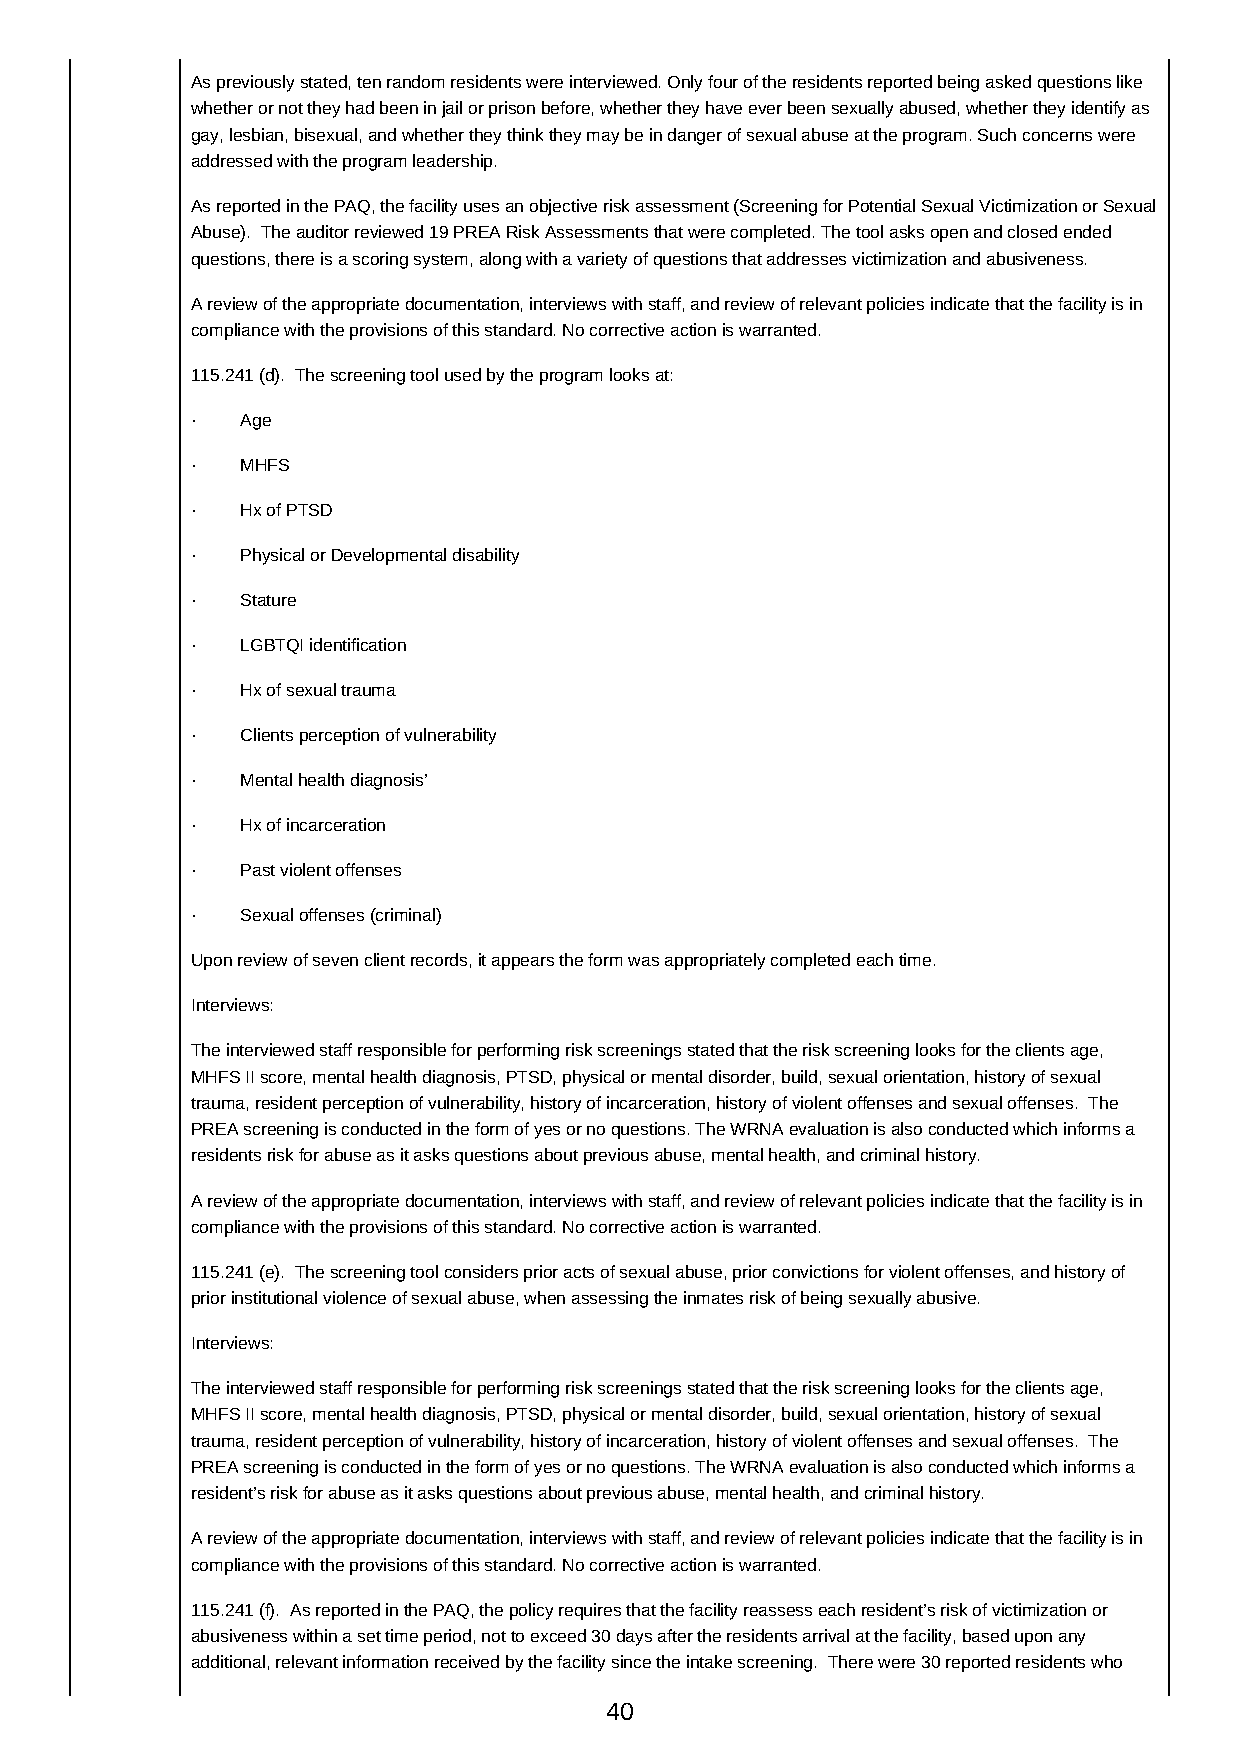
As previously stated, ten random residents were interviewed. Only four of the residents reported being asked questions like
 whether or not they had been in jail or prison before, whether they have ever been sexually abused, whether they identify as
 gay, lesbian, bisexual, and whether they think they may be in danger of sexual abuse at the program. Such concerns were
 addressed with the program leadership.
 As reported in the PAQ, the facility uses an objective risk assessment (Screening for Potential Sexual Victimization or Sexual
 Abuse). The auditor reviewed 19 PREA Risk Assessments that were completed. The tool asks open and closed ended
 questions, there is a scoring system, along with a variety of questions that addresses victimization and abusiveness.
 A review of the appropriate documentation, interviews with staff, and review of relevant policies indicate that the facility is in
 compliance with the provisions of this standard. No corrective action is warranted.
 115.241 (d). The screening tool used by the program looks at:
 ·  Age
 ·  MHFS
 ·  Hx of PTSD
 ·  Physical or Developmental disability
 ·  Stature
 ·  LGBTQI identification
 ·  Hx of sexual trauma
 ·  Clients perception of vulnerability
 ·  Mental health diagnosis’
 ·  Hx of incarceration
 ·  Past violent offenses
 ·  Sexual offenses (criminal)
 Upon review of seven client records, it appears the form was appropriately completed each time.
 Interviews:
 The interviewed staff responsible for performing risk screenings stated that the risk screening looks for the clients age,
 MHFS II score, mental health diagnosis, PTSD, physical or mental disorder, build, sexual orientation, history of sexual
 trauma, resident perception of vulnerability, history of incarceration, history of violent offenses and sexual offenses. The
 PREA screening is conducted in the form of yes or no questions. The WRNA evaluation is also conducted which informs a
 residents risk for abuse as it asks questions about previous abuse, mental health, and criminal history.
 A review of the appropriate documentation, interviews with staff, and review of relevant policies indicate that the facility is in
 compliance with the provisions of this standard. No corrective action is warranted.
 115.241 (e). The screening tool considers prior acts of sexual abuse, prior convictions for violent offenses, and history of
 prior institutional violence of sexual abuse, when assessing the inmates risk of being sexually abusive.
 Interviews:
 The interviewed staff responsible for performing risk screenings stated that the risk screening looks for the clients age,
 MHFS II score, mental health diagnosis, PTSD, physical or mental disorder, build, sexual orientation, history of sexual
 trauma, resident perception of vulnerability, history of incarceration, history of violent offenses and sexual offenses. The
 PREA screening is conducted in the form of yes or no questions. The WRNA evaluation is also conducted which informs a
 resident’s risk for abuse as it asks questions about previous abuse, mental health, and criminal history.
 A review of the appropriate documentation, interviews with staff, and review of relevant policies indicate that the facility is in
 compliance with the provisions of this standard. No corrective action is warranted.
 115.241 (f). As reported in the PAQ, the policy requires that the facility reassess each resident’s risk of victimization or
 abusiveness within a set time period, not to exceed 30 days after the residents arrival at the facility, based upon any
 additional, relevant information received by the facility since the intake screening. There were 30 reported residents who
 40